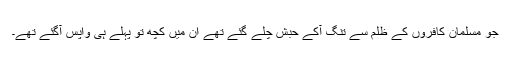
جو مسلمان کافروں کے ظلم سے تنگ آکے حبش چلے گئے تھے ان میں کچھ تو پہلے ہی واپس آگئے تھے۔